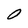
Character: O